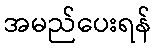
အမည်ပေးရန်